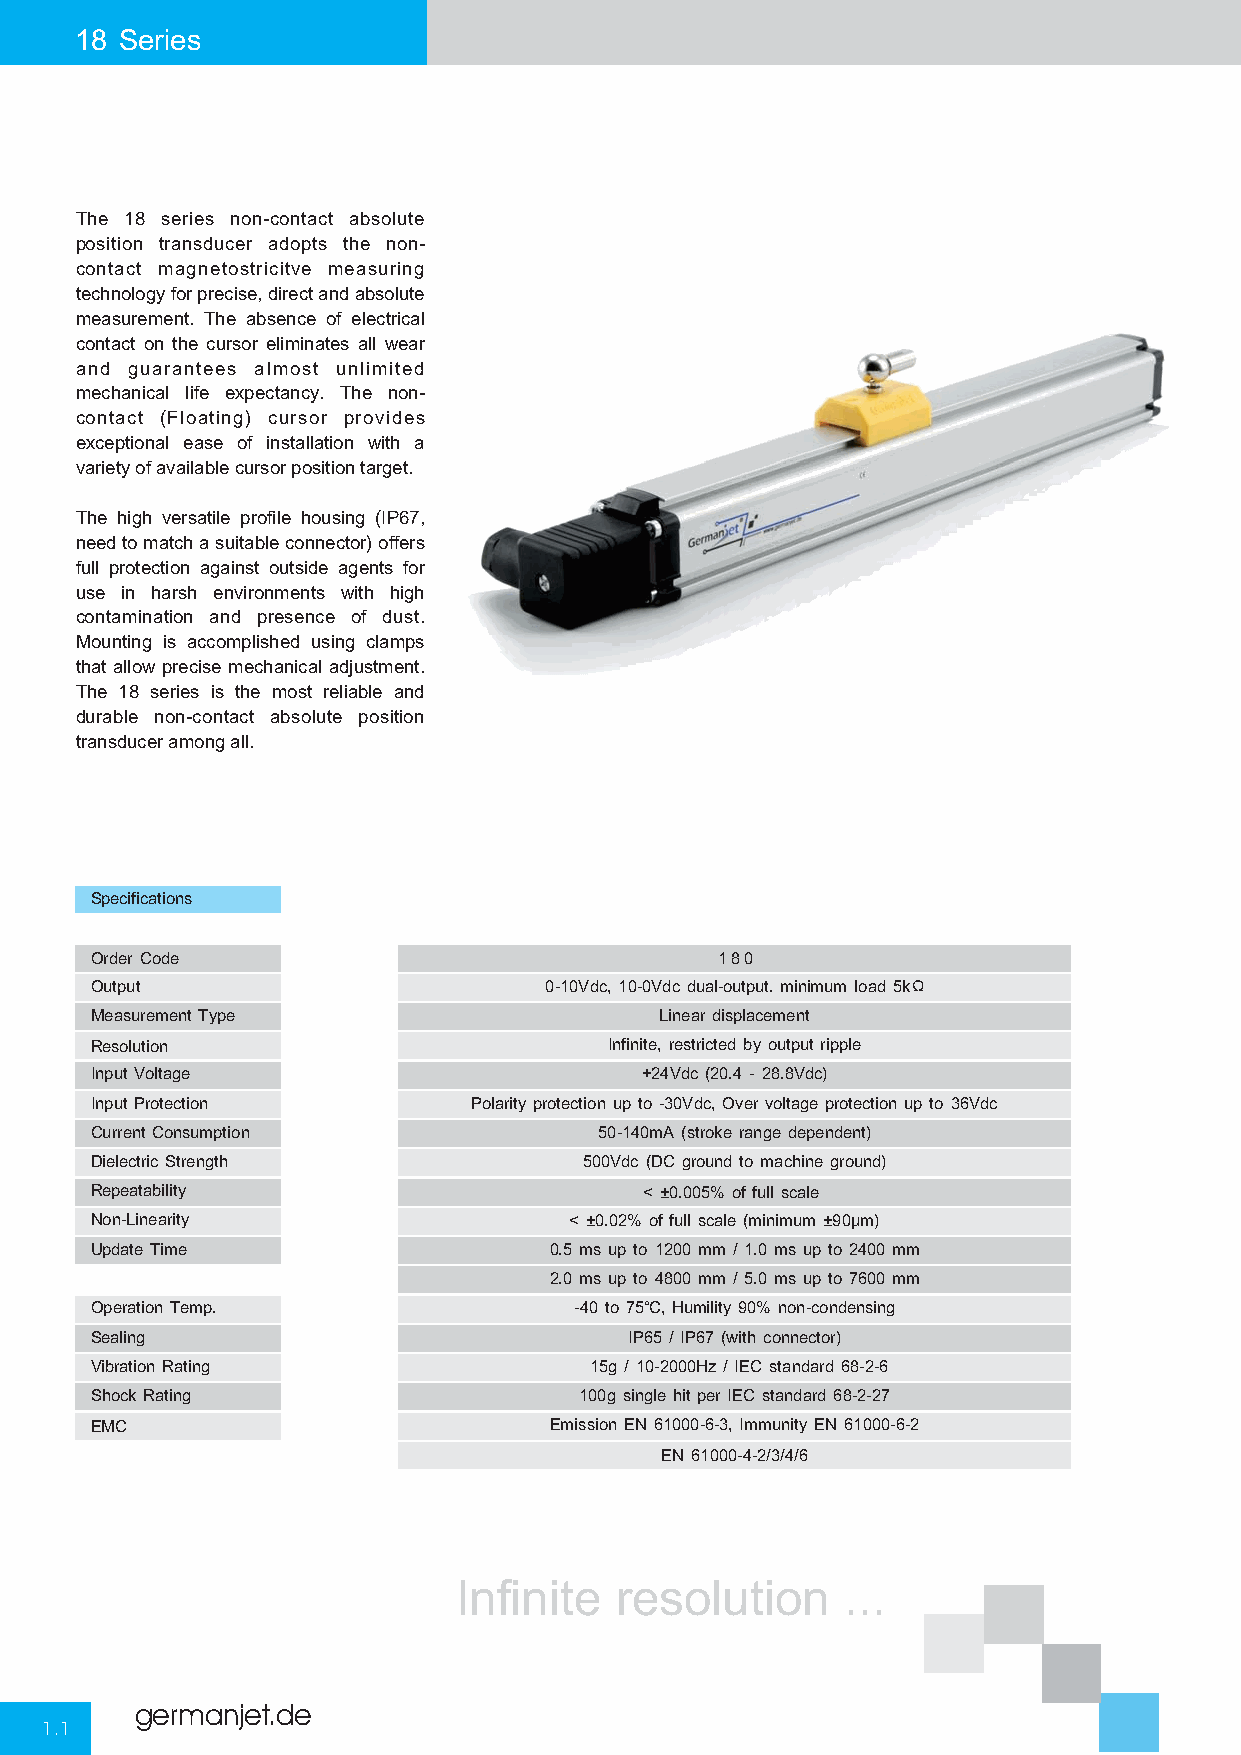
18 Series
 The 18 series non-contact absolute
 position transducer adopts the non-
 contact magnetostricitve measuring
 technologyforprecise,directandabsolute
 measurement. The absence of electrical
 contact on the cursor eliminates all wear
 and guarantees almost unlimited
 mechanical life expectancy. The non-
 contact (Floating) cursor provides
 exceptional ease of installation with a
 variety of available cursor position target.
 The high versatile profile housing (IP67,
 needtomatchasuitableconnector)offers
 full protection against outside agents for
 use in harsh environments with high
 contamination and presence of dust.
 Mounting is accomplished using clamps
 that allow precise mechanical adjustment.
 The 18 series is the most reliable and
 durable non-contact absolute position
 transducer among all.
 Specifications
 Order Code                                180
 Output                        0-10Vdc, 10-0Vdc dual-output. minimum load 5kΩ
 Measurement Type                      Linear displacement
 Resolution                        Infinite, restricted by output ripple
 Input Voltage                       +24Vdc (20.4 - 28.8Vdc)
 Input Protection         Polarity protection up to -30Vdc, Over voltage protection up to 36Vdc
 Current Consumption               50-140mA (stroke range dependent)
 Dielectric Strength              500Vdc (DC ground to machine ground)
 Repeatability                        < ±0.005% of full scale
 Non-Linearity                   < ±0.02% of full scale (minimum ±90μm)
 Update Time                   0.5 ms up to 1200 mm / 1.0 ms up to 2400 mm
 2.0 ms up to 4800 mm / 5.0 ms up to 7600 mm
 Operation Temp.                 -40 to 75℃, Humility 90% non-condensing
 Sealing                             IP65 / IP67 (with connector)
 Vibration Rating                 15g / 10-2000Hz / IEC standard 68-2-6
 Shock Rating                    100g single hit per IEC standard 68-2-27
 EMC                           Emission EN 61000-6-3, Immunity EN 61000-6-2
 EN 61000-4-2/3/4/6
 Infinite   resolution     ...
 germanjet.de
 1.1